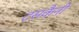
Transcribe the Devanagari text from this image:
टसकैनी